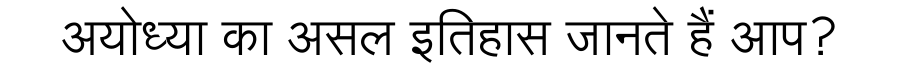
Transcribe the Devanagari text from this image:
अयोध्या का असल इतिहास जानते हैं आप?